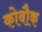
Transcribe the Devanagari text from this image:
कोबौक